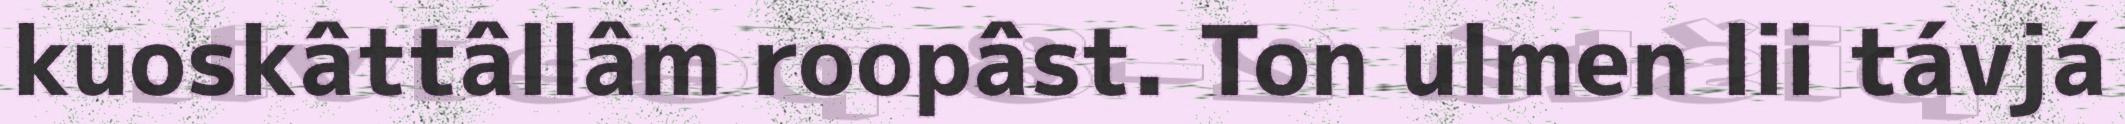
kuoskâttâllâm roopâst. Ton ulmen lii távjá